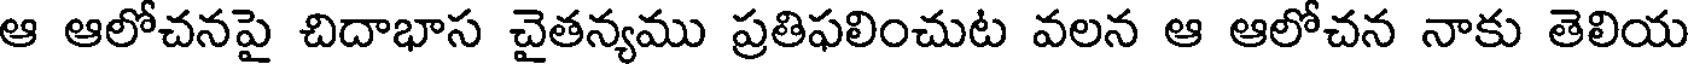
ఆ ఆలోచనపై చిదాభాస చైతన్యము ప్రతిఫలించుట వలన ఆ ఆలోచన నాకు తెలియ